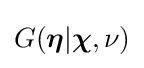
G({\boldsymbol {\eta }}|{\boldsymbol {\chi }},\nu )